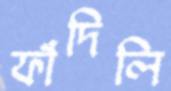
ফাঁদিলি